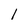
Character: l